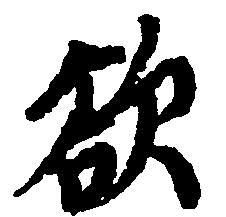
欲